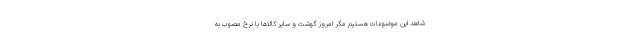
شاهد این موضوعات هستیم مگر امروز گوشت و سایر کالاها با نرخ مصوب به